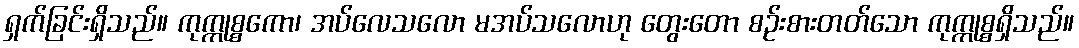
ရှက်ခြင်းရှိသည်။ ကုက္ကုစ္စကော၊ အပ်လေသလော မအပ်သလောဟု တွေးတော စဉ်းစားတတ်သော ကုက္ကုစ္စရှိသည်။